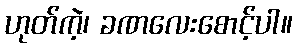
ဟုတ်ကဲ့၊ ခဏလေးစောင့်ပါ။